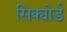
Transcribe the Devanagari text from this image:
सिक्योर्ड